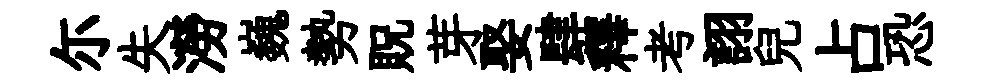
尓失澇巍勢貺芽娶肆釋考詡兒占恐